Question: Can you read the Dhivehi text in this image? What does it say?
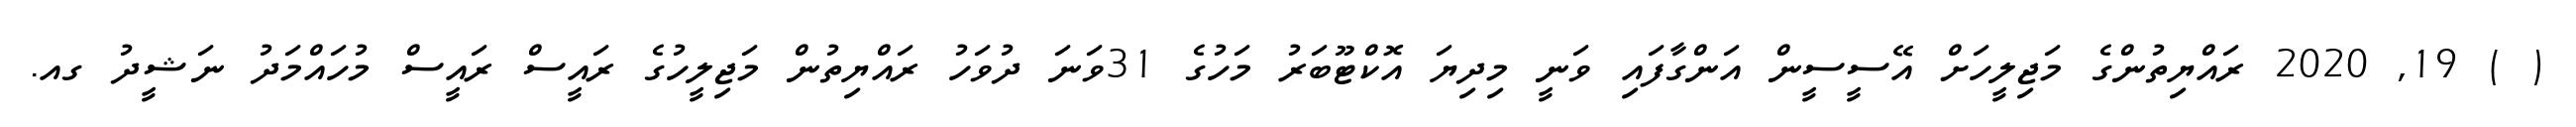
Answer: ( ) 19, 2020 ރައްޔިތުންގެ މަޖިލީހަށް އޭސީސީން އަންގާފައި ވަނީ މިދިޔަ އޮކްޓޫބަރު މަހުގެ 31ވަނަ ދުވަހު ރައްޔިތުން މަޖިލީހުގެ ރައީސް ރައީސް މުހައްމަދު ނަޝީދު ގއ.